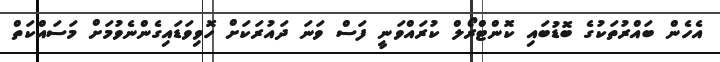
އެހެން ބައްރުތަކުގެ ބޮޑުބައި ކޮންޓްރޯލް ކުރައްވަނީ ފަސް ވަނަ ދައުރަކަށް ހޮވިވަޑައިގެންނެވުމަށް މަސައްކަތް